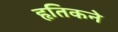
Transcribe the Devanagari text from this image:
हृतिकने